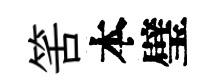
筈本璧